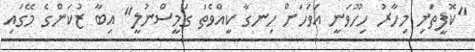
"ކޮފީތަށި މިހާރު ހިހޫވަނީ އަވަހަށް ހިނގާ ކީއްވެތަ ގަމީސްނުލީ" އިބާ ޒުކަންގެ މޭގައި